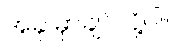
အခု မှာချင်လို့ပါ။